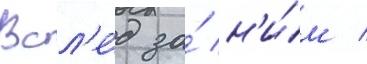
Всл'е́д за́ н'и́м /